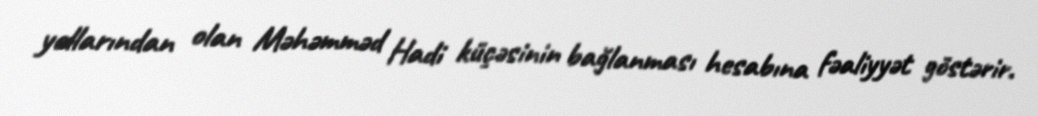
yollarından olan Məhəmməd Hadi küçəsinin bağlanması hesabına fəaliyyət göstərir.